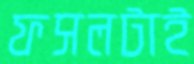
ফসলটাই